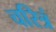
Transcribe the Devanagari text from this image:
चरित्रं